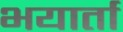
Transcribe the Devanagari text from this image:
भयार्ता